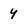
Character: y